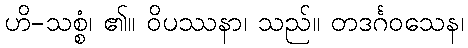
ဟိ-သစ္စံ၊ ၏။ ဝိပဿနာ၊ သည်။ တဒင်္ဂဝသေန၊